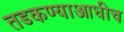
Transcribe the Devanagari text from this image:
तडकण्याआधीच